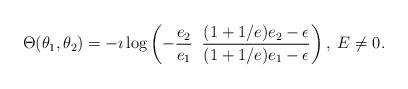
LaTeX: \begin{align*}\Theta(\theta_1,\theta_2)=-\imath\log\left( -\frac{e_2}{e_1}\;\; \frac{(1+1/e)e_2-\epsilon}{(1+1/e)e_1-\epsilon} \right),\; E\neq 0 .\end{align*}